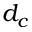
d _ { c }